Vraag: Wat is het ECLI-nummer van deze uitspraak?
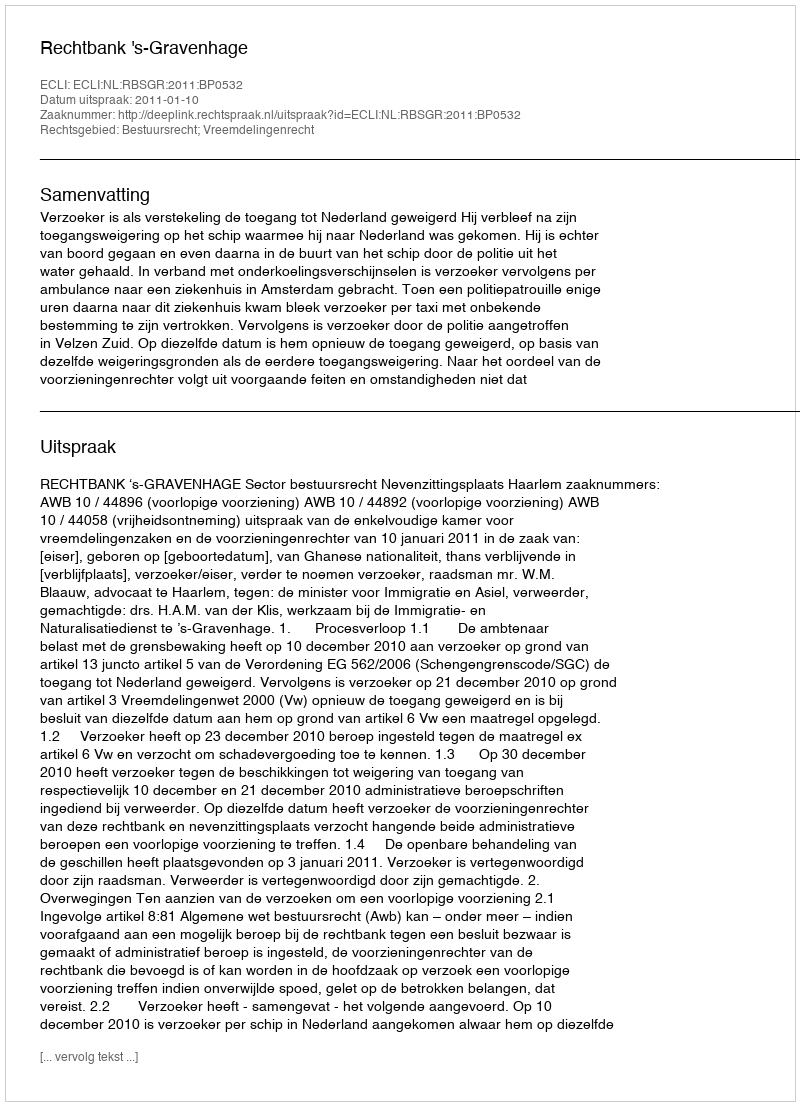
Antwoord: ECLI:NL:RBSGR:2011:BP0532